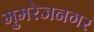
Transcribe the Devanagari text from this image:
मुमरेजनगर